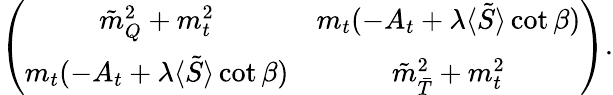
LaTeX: \left(\begin{array}{cc}{{\tilde{m}_{Q}^{2}+m_{t}^{2}}}&{{m_{t}(-A_{t}+\lambda\langle\tilde{S}\rangle\cot\beta)}}\\ {{m_{t}(-A_{t}+\lambda\langle\tilde{S}\rangle\cot\beta)}}&{{\tilde{m}_{\bar{T}}^{2}+m_{t}^{2}}}\end{array}\right).